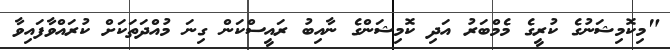
"މިކޮމިޝަނުގެ ކުރީގެ މެމްބަރު އަދި ކޮމިޝަންގެ ނާއިބު ރައީސްކަން ގިނަ މުއްދަތަކަށް ކުރައްވާފައިވާ